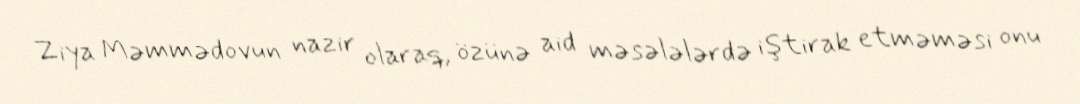
Ziya Məmmədovun nazir olaraq, özünə aid məsələlərdə iştirak etməməsi onu